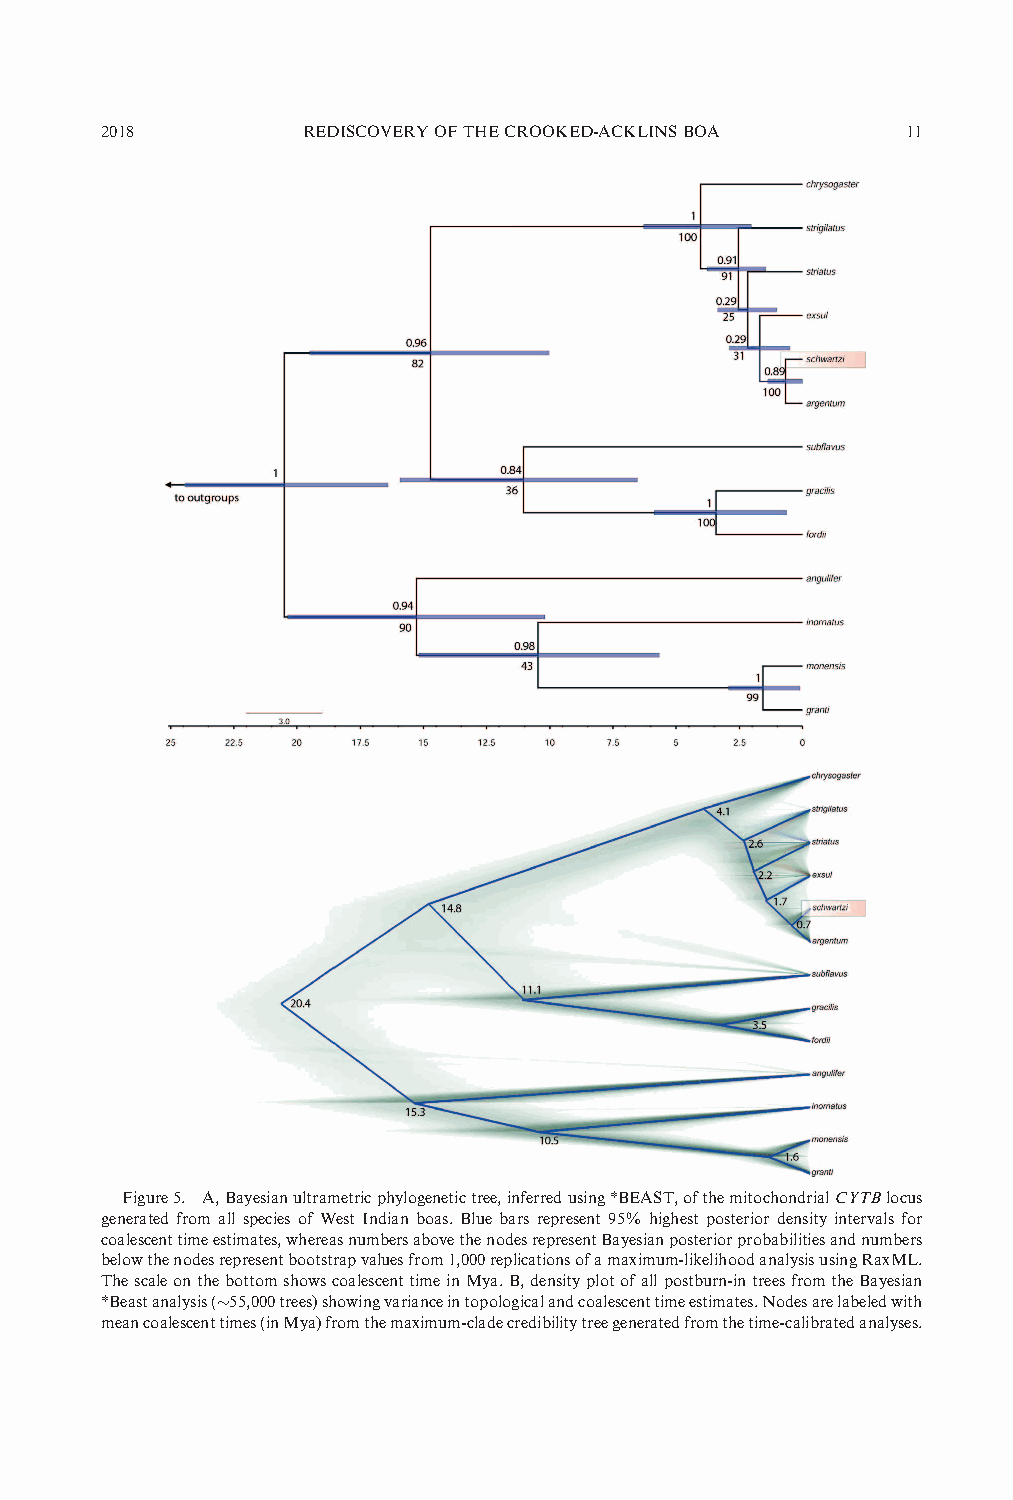
2018         REDISCOVERYOFTHECROOKED-ACKLINSBOA      11
 Figure5. A,Bayesianultrametricphylogenetictree,inferredusing*BEAST,ofthemitochondrialCYTBlocus
 generated from all species of West Indian boas. Blue bars represent 95% highest posterior density intervals for
 coalescenttimeestimates,whereasnumbersabovethenodesrepresentBayesianposteriorprobabilitiesandnumbers
 belowthenodesrepresentbootstrapvaluesfrom1,000replicationsofamaximum-likelihoodanalysisusingRaxML.
 ThescaleonthebottomshowscoalescenttimeinMya.B,densityplotofallpostburn-intreesfromtheBayesian
 *Beastanalysis(~55,000trees)showingvarianceintopologicalandcoalescenttimeestimates.Nodesarelabeledwith
 meancoalescenttimes(inMya)fromthemaximum-cladecredibilitytreegeneratedfromthetime-calibratedanalyses.